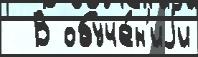
  В обуче́н'иjи